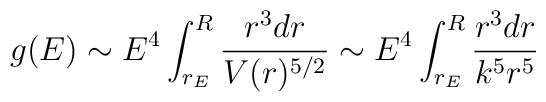
g(E) \sim E^4 \int_{r_E}^R {r^3 dr \over V(r)^{5/2}}\sim E^4 \int_{r_E}^R {r^3 dr \over k^5 r^5}